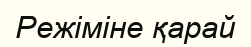
Режіміне қарай